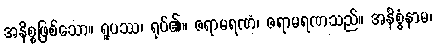
အနိစ္စဖြစ်သော။ ရူပဿ၊ ရုပ်၏။ ဇရာမရဏံ၊ ဇရာမရဏသည်။ အနိစ္စံနာမ၊